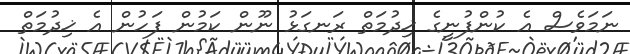
ނަމަވެސް އެ ކުންފުނީގެ ޚިދުމަތް ރަނގަޅު ނޫން ކަމުން ފަހުން އެ ޚިދުމަތް